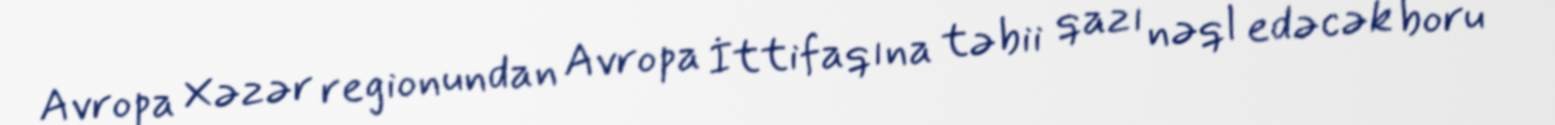
Avropa Xəzər regionundan Avropa İttifaqına təbii qazı nəql edəcək boru